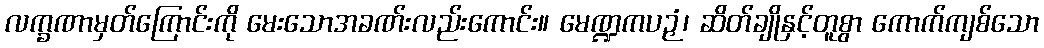
လက္ခဏာမှတ်ကြောင်းကို မေးသောအခဏ်းလည်းကောင်း။ မေဏ္ဍကပဉှံ၊ ဆိတ်ချိုနှင့်တူစွာ ကောက်ကျစ်သော